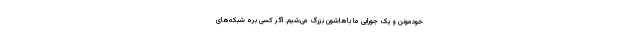
خودمونن و یک جورایی ما باهاشون بزرگ می‌شیم. اگر کسی بره شبکه‌های